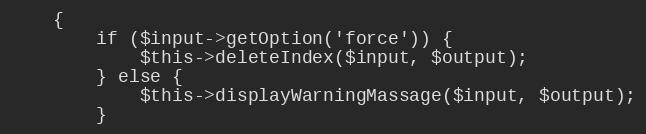
Language: PHP
    {
        if ($input->getOption('force')) {
            $this->deleteIndex($input, $output);
        } else {
            $this->displayWarningMassage($input, $output);
        }